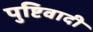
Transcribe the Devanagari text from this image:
पुष्टिवादी